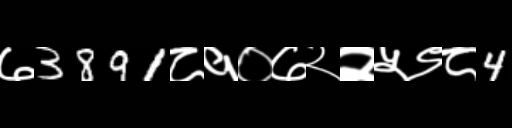
Text: ७3891८१०७२२५९८4